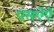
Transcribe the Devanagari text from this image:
एसऐऐ